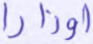
أوزارا